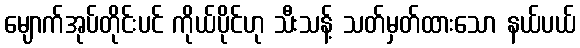
မျောက်အုပ်တိုင်းပင် ကိုယ်ပိုင်ဟု သီးသန့် သတ်မှတ်ထားသော နယ်ပယ်